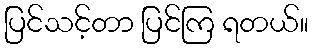
ပြင်သင့်တာ ပြင်ကြ ရတယ်။